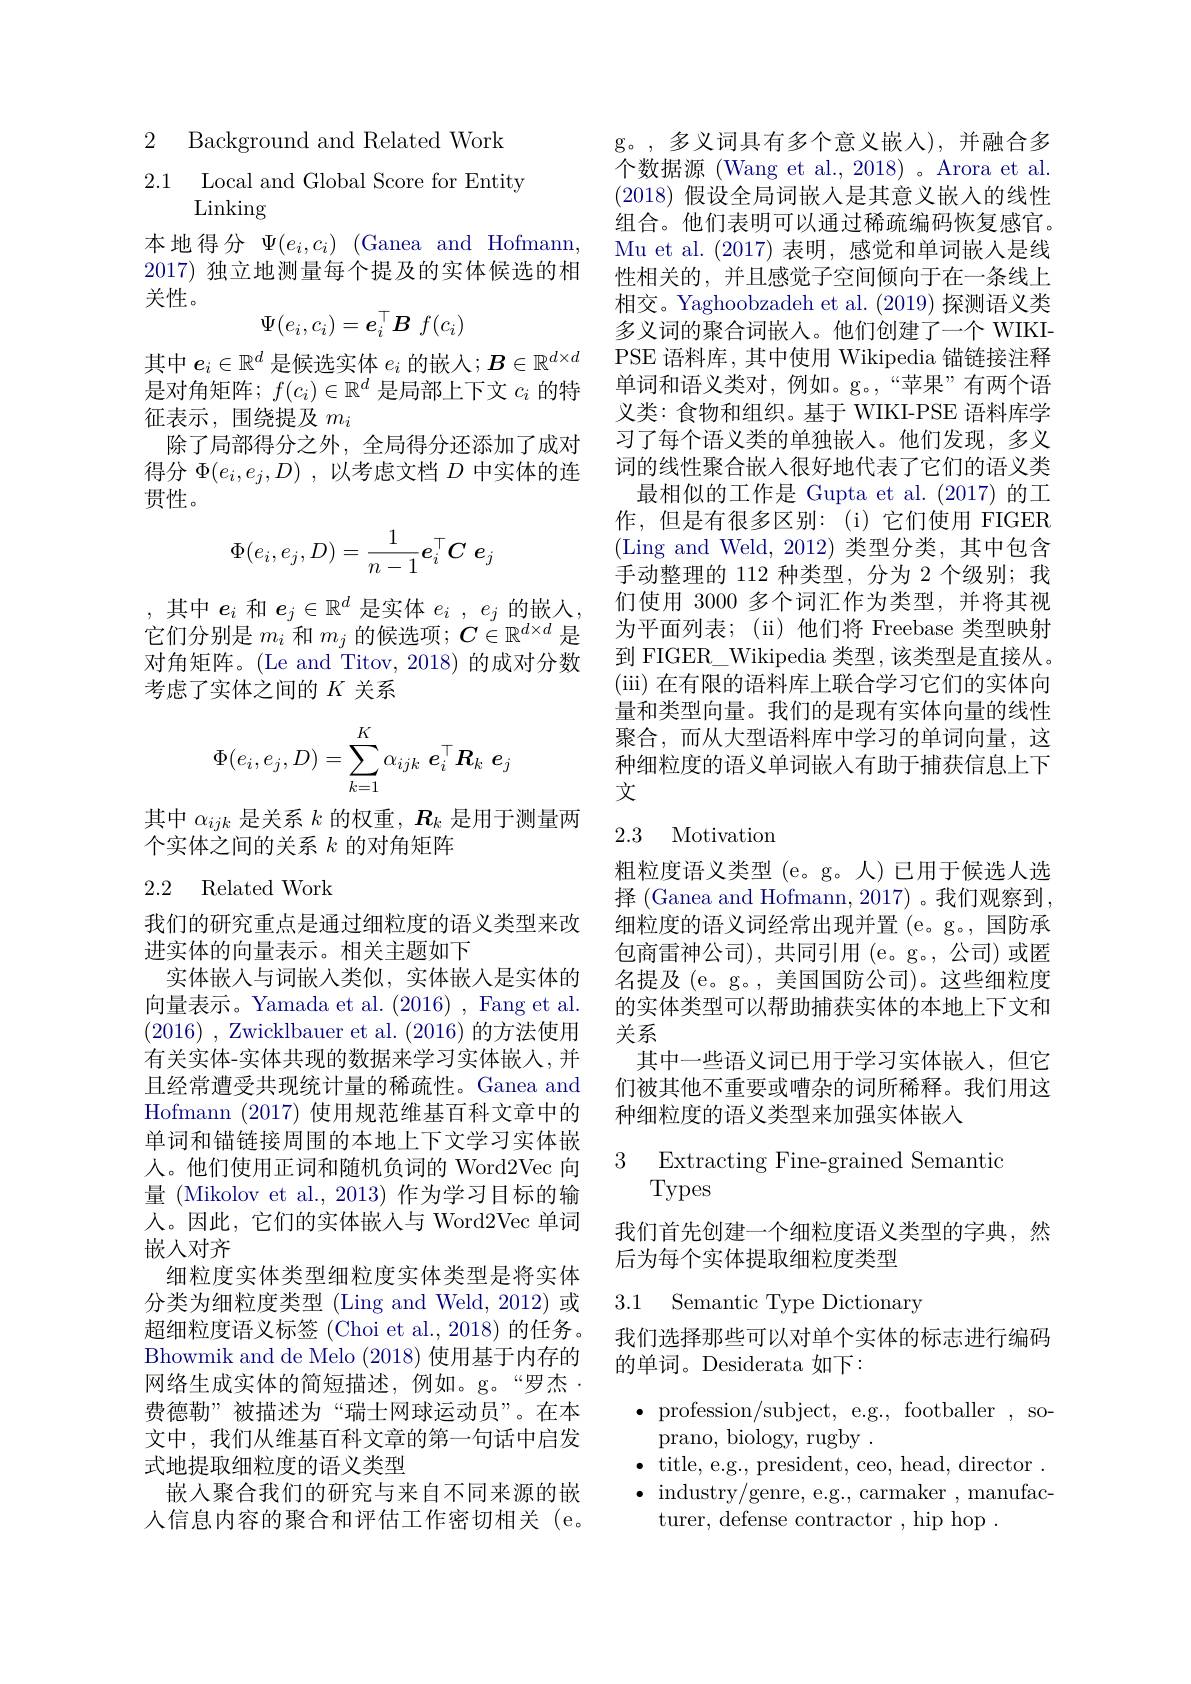
2 Background and Related Work

2.1 Local and Global Score for Entity
Linking

本地得分$\Psi ( e_i, c_i) \allowbreak ( {\mathrm{mod}} $Hofmann) 2017) 独立地测量每个提及的实体候选的相关性。
$$\Psi(e_i,c_i)=e_i^\top B\:f(c_i)$$
其中$e_i\in\mathbb{R}^d$是候选实体$e_i$的嵌入$;\boldsymbol B\in\mathbb{R}^d\times d$ 是对角矩阵；$f(c_i)\in\mathbb{R}^d$是局部上下文$c_i$的特征表示，围绕提及$m_i$
除了局部得分之外，全局得分还添加了成对得分$\Phi ( e_i, e_j, D)$ ,以考虑文档$D$中实体的连贯性。
$$\Phi(e_i,e_j,D)=\frac{1}{n-1}e_i^\top C\:e_j$$
,其中$e_i$和$e_j\in\mathbb{R}^d$是实体$e_i,e_j$的嵌人， 它们分别是$m_i$和$m_j$的候选项$;C\in\mathbb{R}^d\times d$是对角矩阵。(Le and Titov, 2018) 的成对分数考虑了实体之间的$K$关系
$$\begin{aligned}\Phi(e_i,e_j,D)=\sum_{k=1}^K\alpha_{ijk}\:e_i^\top R_k\:e_j\end{aligned}$$
其中$\alpha_{ijk}$是关系$k$的权重，$\boldsymbol R_k$是用于测量两
个实体之间的关系$k$的对角矩阵

## 2.2 Related Work

我们的研究重点是通过细粒度的语义类型来改
进实体的向量表示。相关主题如下
实体嵌入与词嵌入类似，实体嵌入是实体的向量表示。Yamada et al. (2016), Fang et al. (2016) , Zwicklbauer et al. ( 2016) 的方法使用有关实体-实体共现的数据来学习实体嵌人，并且经常遭受共现统计量的稀疏性。Ganea and Hofmann (2017) 使用规范维基百科文章中的单词和锚链接周围的本地上下文学习实体嵌人。他们使用正词和随机负词的 Word2Vec 向量 (Mikolov et al.,2013) 作为学习目标的输人。因此，它们的实体嵌入与 Word2Vec 单词嵌人对齐
细粒度实体类型细粒度实体类型是将实体分类为细粒度类型 (Ling and Weld, 2012) 或超细粒度语义标签 (Choi et al.,2018) 的任务。Bhowmik and de Melo (2018) 使用基于内存的网络生成实体的简短描述，例如。g。“罗杰· 费德勒”被描述为“瑞士网球运动员”。在本文中，我们从维基百科文章的第一句话中启发式地提取细粒度的语义类型
嵌人聚合我们的研究与来自不同来源的嵌人信息内容的聚合和评估工作密切相关(e。

g。,多义词具有多个意义嵌入),并融合多个数据源 (Wang et al., 2018) 。Arora et al. (2018)假设全局词嵌入是其意义嵌入的线性组合。他们表明可以通过稀疏编码恢复感官。Mu et al.(2017)表明，感觉和单词嵌人是线性相关的，并且感觉子空间倾向于在一条线上相交。Yaghoobzadeh et al. (2019) 探测语义类多义词的聚合词嵌入。他们创建了一个 WIKIPSE 语料库，其中使用 Wikipedia 锚链接注释单词和语义类对，例如。g。,“苹果”有两个语义类：食物和组织。基于 WIKI-PSE 语料库学习了每个语义类的单独嵌入。他们发现，多义词的线性聚合嵌入很好地代表了它们的语义类
最相似的工作是 Gupta et al. (2017) 的工作，但是有很多区别：(i)它们使用 FIGER (Ling and Weld,2012)类型分类，其中包含手动整理的 112 种类型，分为 2 个级别；我们使用 3000 多个词汇作为类型，并将其视为平面列表；(ii)他们将 Freebase 类型映射到 FIGER\_ Wikipedia 类型，该类型是直接从。(iii) 在有限的语料库上联合学习它们的实体向量和类型向量。我们的是现有实体向量的线性聚合，而从大型语料库中学习的单词向量，这种细粒度的语义单词嵌人有助于捕获信息上下文

## 2.3 Motivation

粗粒度语义类型(e。g。人)已用于候选人选择 (Ganea and Hofmann, 2017) 。我们观察到， 细粒度的语义词经常出现并置 (e。g。, 国防承包商雷神公司),共同引用(e。g。,公司)或匿名提及(e。g。,美国国防公司)。这些细粒度的实体类型可以帮助捕获实体的本地上下文和关系
其中一些语义词已用于学习实体嵌人，但它们被其他不重要或嘈杂的词所稀释。我们用这种细粒度的语义类型来加强实体嵌人

## 3 Extracting Fine-grained Semantio Types

我们首先创建一个细粒度语义类型的字典，然
后为每个实体提取细粒度类型

3.1 Semantic Type Dictionary

我们选择那些可以对单个实体的标志进行编码
的单词。Desiderata 如下：

$\bullet$profession/subject,e.g.,footballer,so-

prano, biology, rugby .
$\bullet$ title, e.g., president, ceo, head, director . $\bullet$ industry/genre, e.g., carmaker ,manufac-
turer, defense contractor , hip hop .